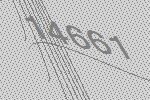
14661